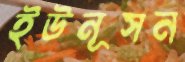
ইউনূসন